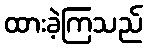
ထားခဲ့ကြသည်